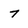
Character: 7